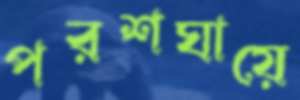
পরশঘায়ে